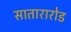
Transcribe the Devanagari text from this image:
सातारारोड